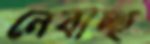
নেবাচ্ছ